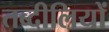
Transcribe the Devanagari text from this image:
तब्दीलियों